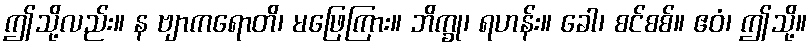
ဤသို့လည်း။ န ဗျာကရောတိ၊ မဖြေကြား။ ဘိက္ခု၊ ရဟန်း။ ခေါ၊ စင်စစ်။ ဧဝံ၊ ဤသို့။